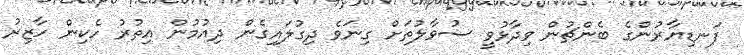
ފަނޑިޔާރުންގެ ބެންޗުން ވިދާޅުވީ ސުވާލުތަށް ގިނަވެ ދިގުލައިގެން ދިއުމުން އިތުރު ހެކިން ހާޒިރު